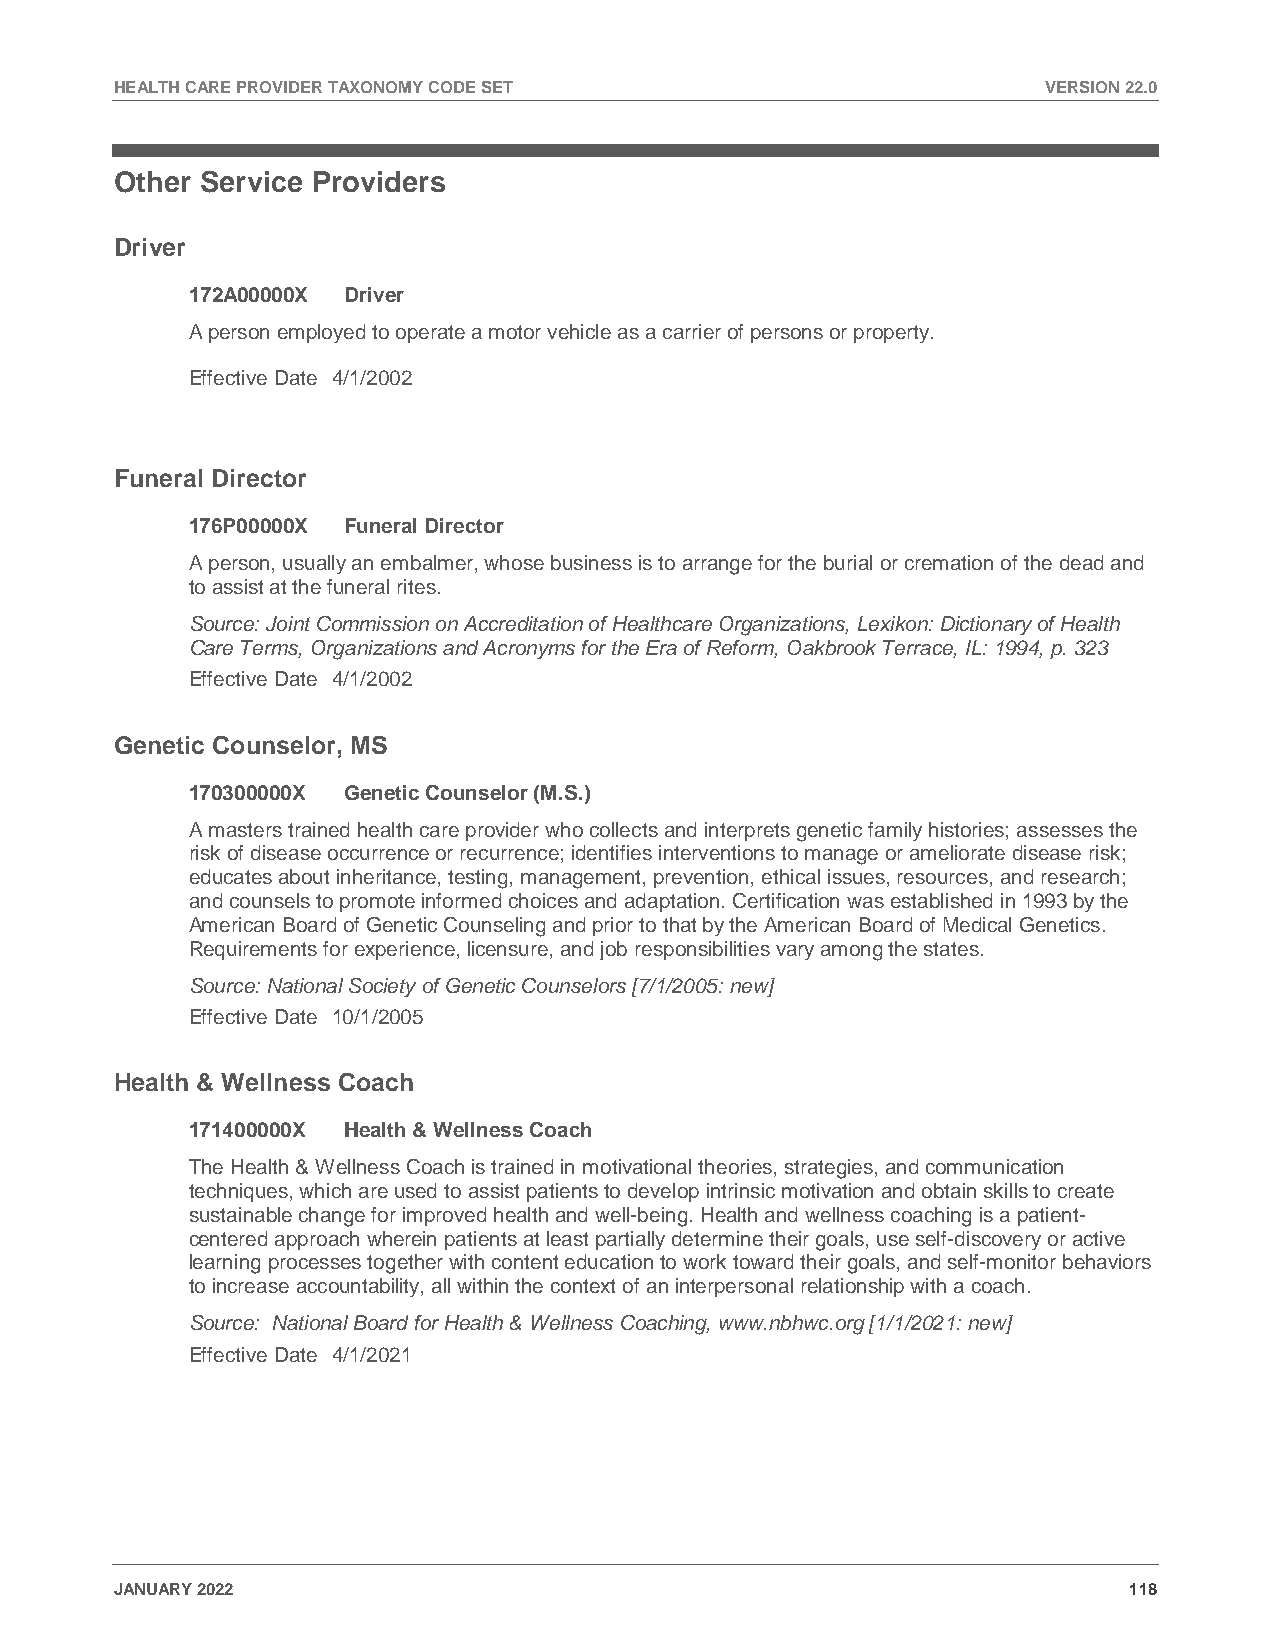
HEALTH CARE PROVIDER TAXONOMY CODE SET                       VERSION 22.0
 Other Service Providers
 Driver
 172A00000X Driver
 A person employed to operate a motor vehicle as a carrier of persons or property.
 Effective Date 4/1/2002
 Funeral Director
 176P00000X Funeral Director
 A person, usually an embalmer, whose business is to arrange for the burial or cremation of the dead and
 to assist at the funeral rites.
 Source: Joint Commission on Accreditation of Healthcare Organizations, Lexikon: Dictionary of Health
 Care Terms, Organizations and Acronyms for the Era of Reform, Oakbrook Terrace, IL: 1994, p. 323
 Effective Date 4/1/2002
 Genetic Counselor, MS
 170300000X Genetic Counselor (M.S.)
 A masters trained health care provider who collects and interprets genetic family histories; assesses the
 risk of disease occurrence or recurrence; identifies interventions to manage or ameliorate disease risk;
 educates about inheritance, testing, management, prevention, ethical issues, resources, and research;
 and counsels to promote informed choices and adaptation. Certification was established in 1993 by the
 American Board of Genetic Counseling and prior to that by the American Board of Medical Genetics.
 Requirements for experience, licensure, and job responsibilities vary among the states.
 Source: National Society of Genetic Counselors [7/1/2005: new]
 Effective Date 10/1/2005
 Health & Wellness Coach
 171400000X Health & Wellness Coach
 The Health & Wellness Coach is trained in motivational theories, strategies, and communication
 techniques, which are used to assist patients to develop intrinsic motivation and obtain skills to create
 sustainable change for improved health and well-being. Health and wellness coaching is a patient-
 centered approach wherein patients at least partially determine their goals, use self-discovery or active
 learning processes together with content education to work toward their goals, and self-monitor behaviors
 to increase accountability, all within the context of an interpersonal relationship with a coach.
 Source: National Board for Health & Wellness Coaching, www.nbhwc.org [1/1/2021: new]
 Effective Date 4/1/2021
 JANUARY 2022                                                       118